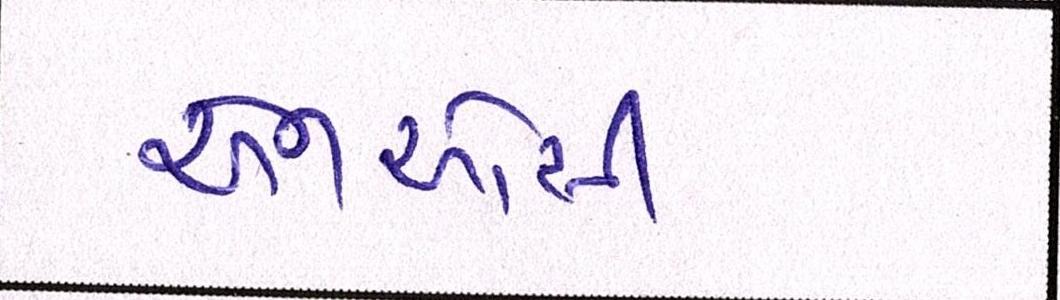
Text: એનઓસી